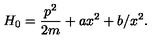
H _ { 0 } = \frac { p ^ { 2 } } { 2 m } + a x ^ { 2 } + b / x ^ { 2 } .